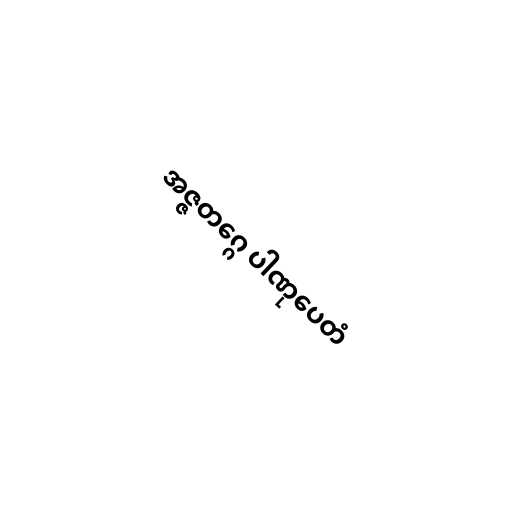
အဇ္ဇတဂ္ဂေ ပါဏုပေတံ